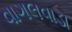
વાગલવાડા